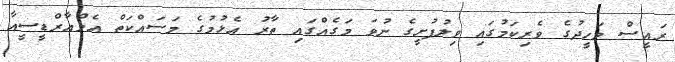
ރައީސް ވަހީދުގެ ވެރިކަމުގައި ވިލުފުށީގެ ނުވަ މަގެއްގައި ތާރު އެޅުމުގެ މަސައްކަތް އެމްއާރްޑީސީއާ